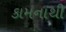
કામનાથી